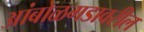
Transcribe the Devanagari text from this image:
आंबोळगडावरील